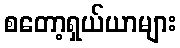
စတော့ရှယ်ယာများ